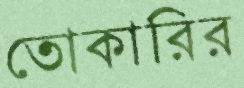
তোকারির